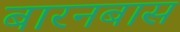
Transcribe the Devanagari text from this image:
बारनबास